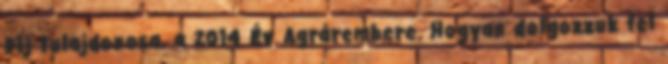
Díj tulajdonosa, a 2014 Év Agrárembere. Hogyan dolgozzuk fel